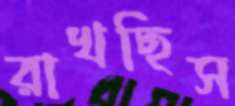
রাখছিস